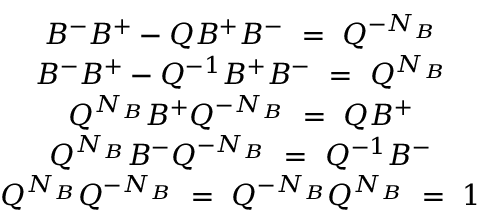
\begin{array} { c } { { B ^ { - } B ^ { + } - Q B ^ { + } B ^ { - } ~ = ~ Q ^ { - N _ { B } } } } \\ { { B ^ { - } B ^ { + } - Q ^ { - 1 } B ^ { + } B ^ { - } ~ = ~ Q ^ { N _ { B } } } } \\ { { Q ^ { N _ { B } } B ^ { + } Q ^ { - N _ { B } } ~ = ~ Q B ^ { + } } } \\ { { Q ^ { N _ { B } } B ^ { - } Q ^ { - N _ { B } } ~ = ~ Q ^ { - 1 } B ^ { - } } } \\ { { Q ^ { N _ { B } } Q ^ { - N _ { B } } ~ = ~ Q ^ { - N _ { B } } Q ^ { N _ { B } } ~ = ~ 1 } } \end{array}